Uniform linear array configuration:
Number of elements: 4
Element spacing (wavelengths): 0.25
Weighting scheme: exponential
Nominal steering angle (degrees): -30
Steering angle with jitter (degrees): -28.376
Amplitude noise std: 0.05
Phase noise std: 0.05

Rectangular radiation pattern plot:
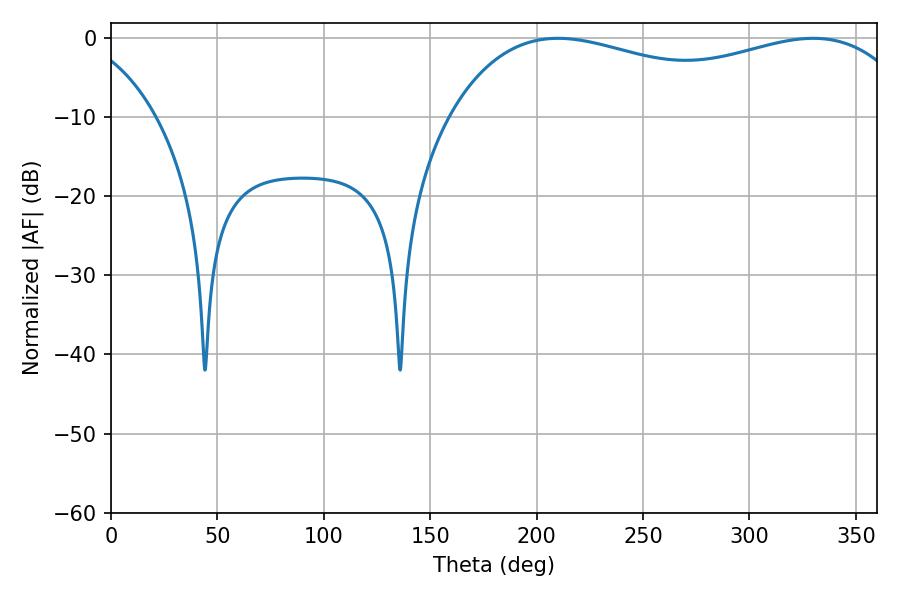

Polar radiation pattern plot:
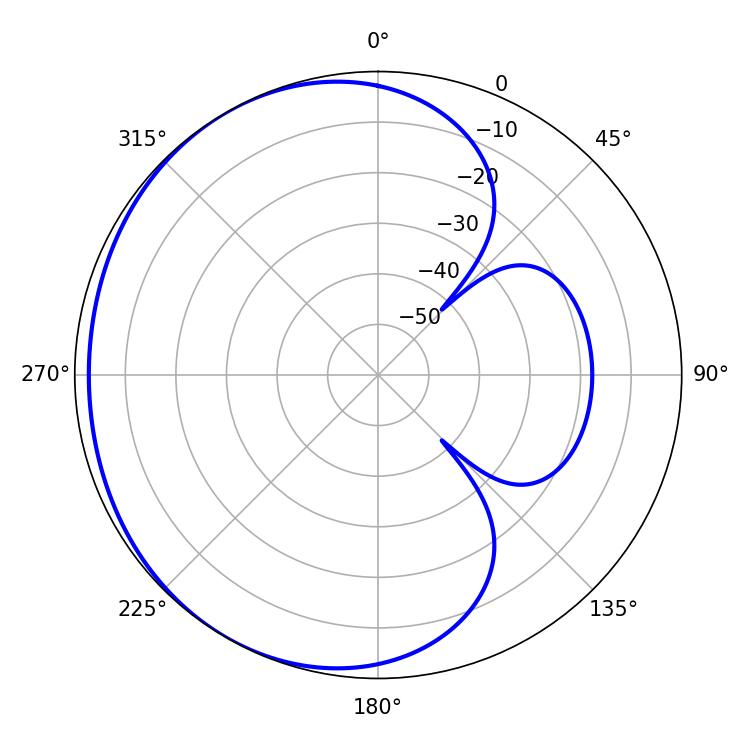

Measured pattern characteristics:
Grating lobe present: FALSE
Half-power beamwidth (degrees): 180.72
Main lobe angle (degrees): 210.06